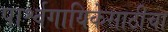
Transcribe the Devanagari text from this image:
पार्श्वगायिकेसाठीचा